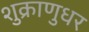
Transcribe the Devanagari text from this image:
शुक्राणुधर